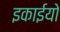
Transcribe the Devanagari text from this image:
इकाईयो